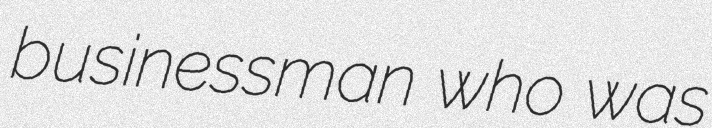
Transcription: businessman who was